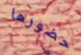
حضورها